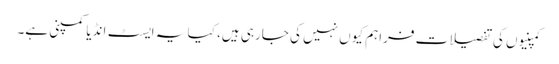
کمپنیوں کی تفصیلات فراہم کیوں نہیں کی جارہی ہیں، کیا یہ ایسٹ انڈیا کمپنی ہے۔